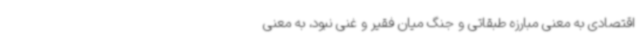
اقتصادی به معنی مبارزه طبقاتی و جنگ میان فقیر و غنی نبود، به معنی